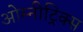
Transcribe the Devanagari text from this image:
ओम्नीट्रिक्स